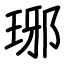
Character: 琊